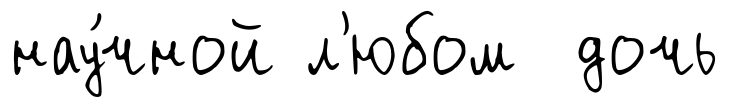
нау́чной л'юбом дочь